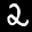
Label: 2